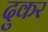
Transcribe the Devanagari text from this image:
दुकर